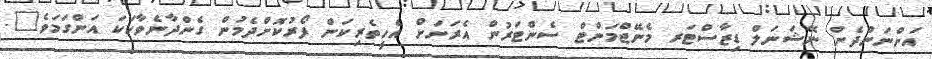
އަންނަންދެން ނޭޝަނަލް ޑިޒާސްޓަރ މެނޭޖްމަންޓް ސެންޓަރުން އެރަށަށް އެހީތެރިކަން ފޯރުކޮށްދެމުން ގެންދާނެވާހަކަ އަންގަމަވެ".